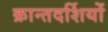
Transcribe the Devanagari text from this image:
क्रान्तदर्शियों